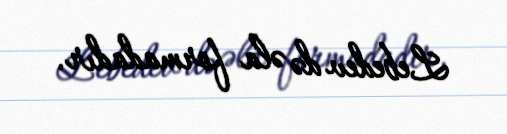
Lebedev də əla formadadır.